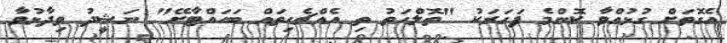
އެގޮތަށް ގުޅުއްވާ ކޮންމެ ފަހަރަކު "ތޮލްހަތު ތި އެއްޗެހިތައް ބަހައްޓާށޭ" ނަޝީދު ވިދާޅުވާ